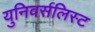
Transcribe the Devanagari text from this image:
युनिवर्सलिस्ट